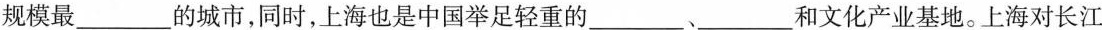
规模最___的城市，同时，上海也是中国举足轻重的___、___和文化产业基地。上海对长江